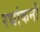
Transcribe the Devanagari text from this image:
रधांकनों